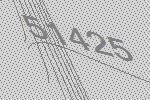
51425